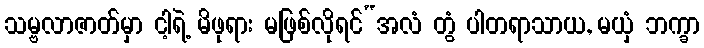
သမ္ဗလာဇာတ်မှာ ငါ့ရဲ့ မိဖုရား မဖြစ်လိုရင်“အလံ တွံ ပါတရာသာယ, မယှံ ဘက္ခာ